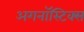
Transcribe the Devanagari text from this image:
अगनॉस्टिक्स